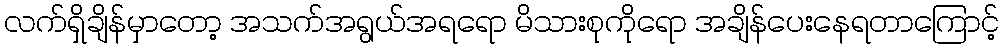
လက်ရှိချိန်မှာတော့ အသက်အရွယ်အရရော မိသားစုကိုရော အချိန်ပေးနေရတာကြောင့်